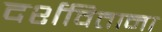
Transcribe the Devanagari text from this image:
दर्शविताना